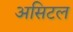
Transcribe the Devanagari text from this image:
असिटल